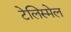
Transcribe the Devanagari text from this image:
टेलिस्मेल